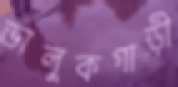
ভালুকগাড়ী